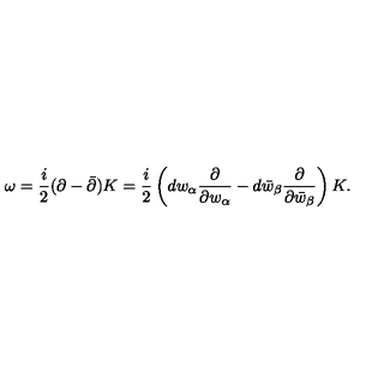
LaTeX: \omega = { \frac { i } { 2 } } ( \partial - \bar { \partial } ) K = { \frac { i } { 2 } } \left( d w _ { \alpha } { \frac { \partial } { \partial w _ { \alpha } } } - d \bar { w } _ { \beta } { \frac { \partial } { \partial \bar { w } _ { \beta } } } \right) K .